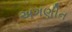
અગણીત